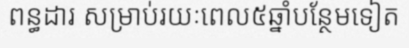
ពន្ធដារ សម្រាប់រយៈពេល៥ឆ្នាំបន្ថែមទៀត